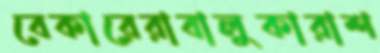
বেকারেরাবালুকারাশ